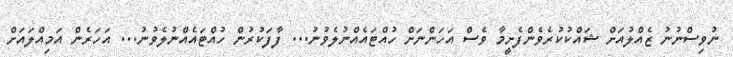
ނުވިސްނުނު ޒެއްލުއަށް ޝައްކުކުރެވެންފެށީމާ ވެސް އަހަންނަށް ހުއްޓައެއްނުލެވުނު... ފާފަކުރުން ހުއްޓައެއްނުލެވުނު... އަހަރެން އަމިއްލައަށް